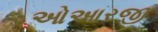
ઓઆરજી